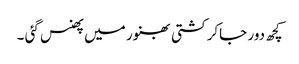
کچھ دور جاکر کشتی بھنور میں پھنس گئی ۔